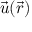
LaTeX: { \vec { u } } ( { \vec { r } } )